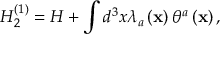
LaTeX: H _ { 2 } ^ { \left( 1 \right) } = H + \int d ^ { 3 } x \lambda _ { a } \left( { \bf x } \right) \theta ^ { a } \left( { \bf x } \right) ,